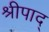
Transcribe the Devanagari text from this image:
श्रीपाद्